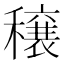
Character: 穣